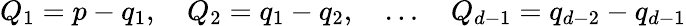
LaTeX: Q_{1}=p-q_{1},\quad Q_{2}=q_{1}-q_{2},\quad\ldots\quad Q_{d-1}=q_{d-2}-q_{d-1}